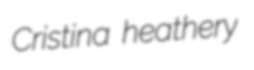
Cristina heathery